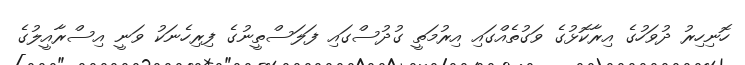
ހޮނިހިރު ދުވަހުގެ އިރާކޮޅުގެ ވަގުތެއްގައި އިރުމަތީ ގުދުސްގައި ފަލަސްތީނުގެ ފިރިހެނަކު ވަނީ އިސްރާއީލުގެ